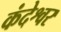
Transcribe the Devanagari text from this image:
कंदेश्वर